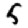
Digit: 5